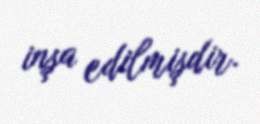
inşa edilmişdir.